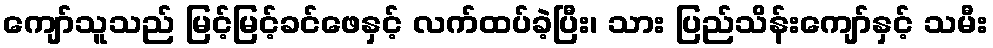
ကျော်သူသည် မြင့်မြင့်ခင်ဖေနှင့် လက်ထပ်ခဲ့ပြီး၊ သား ပြည်သိန်းကျော်နှင့် သမီး